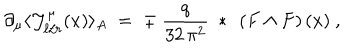
\partial _ { \mu } \langle { \mathcal J } _ { \ell / r } ^ { \mu } ( x ) \rangle _ { A } \; = \; \mp \ \frac { q } { 3 2 \, \pi ^ { 2 } } ~ * ~ \left( F \wedge F \right) ( x ) ~ ,